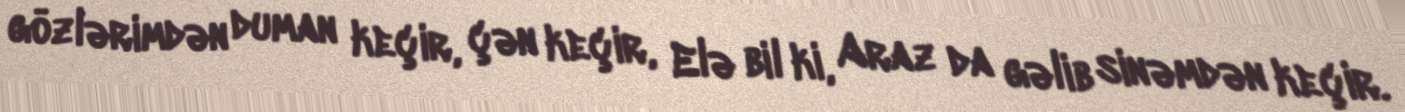
gözlərimdən duman keçir, çən keçir, Elə bil ki, Araz da gəlib sinəmdən keçir.